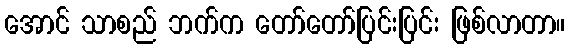
အောင် သာစည် ဘက်က တော်တော်ပြင်းပြင်း ဖြစ်လာတာ။